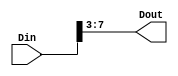
module RAT_slice_12_8_0
   (Din,
    Dout);
  input [17:0]Din;
  output [4:0]Dout;

  wire [17:0]Din;

  assign Dout[4:0] = Din[7:3];
endmodule